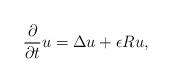
LaTeX: \begin{align*}\frac{\partial}{\partial t}u=\Delta u+\epsilon Ru,\end{align*}